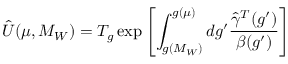
\hat { U } ( \mu , M _ { W } ) = T _ { g } \exp \left[ \int _ { g ( M _ { W } ) } ^ { g ( \mu ) } { d g ^ { \prime } \frac { \hat { \gamma } ^ { T } ( g ^ { \prime } ) } { \beta ( g ^ { \prime } ) } } \right]